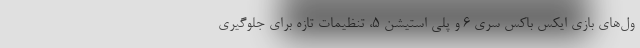
ول‌های بازی ایکس باکس سری ۶ و پلی استیشن ۵، تنظیمات تازه برای جلوگیری